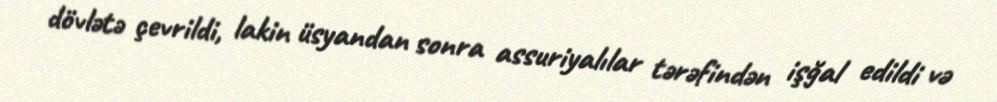
dövlətə çevrildi, lakin üsyandan sonra assuriyalılar tərəfindən işğal edildi və